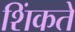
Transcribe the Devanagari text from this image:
शिंकते